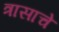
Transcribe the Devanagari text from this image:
त्रासाचे